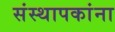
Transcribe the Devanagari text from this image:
संस्थापकांना